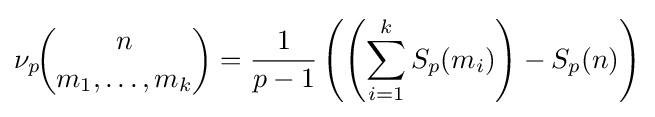
\nu _{p}\!{\binom {n}{m_{1},\ldots ,m_{k}}}={\dfrac {1}{p-1}}\left(\left(\sum _{i=1}^{k}S_{p}(m_{i})\right)-S_{p}(n)\right)